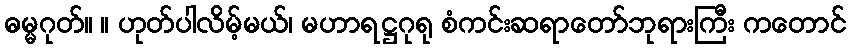
ဓမ္မဂုတ်။ ။ ဟုတ်ပါလိမ့်မယ်၊ မဟာရဋ္ဌဂုရု စံကင်းဆရာတော်ဘုရားကြီး ကတောင်